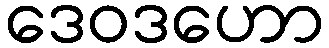
ဒေဝဒဟော